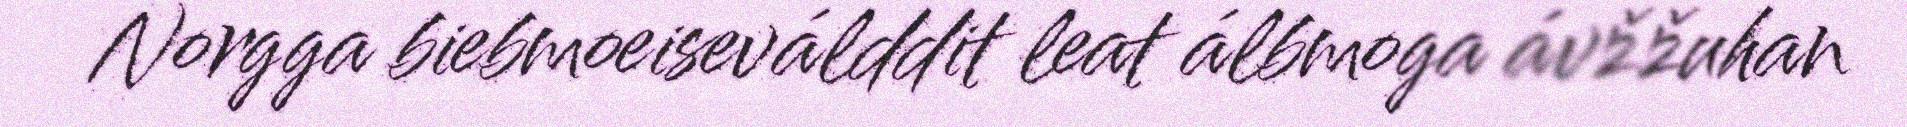
Norgga biebmoeiseválddit leat álbmoga ávžžuhan